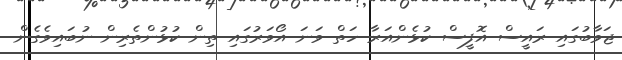
ޖަވާބުގައި ރައީސް އޮފީސް ކުޅެންއަރާ ހަތް ވަނަ އޯވަރުގައި ތިން ކުޅުންތެރިން ނުބައިވެގެން